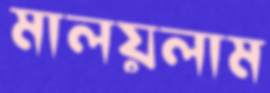
মালয়লাম